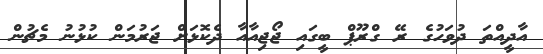
އާދީއްތަ ދުވަހުގެ ރޭ ގްރޫޕް ބީގައި ޖޯޖިއާއާ ދެކޮޅަށް ޖަރުމަން ކުޅުނު މެޗުން